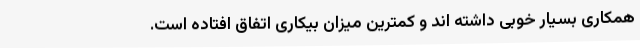
همکاری بسیار خوبی داشته اند و کمترین میزان بیکاری اتفاق افتاده است.